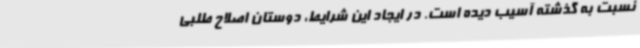
نسبت به گذشته آسیب دیده است. در ایجاد این شرایط، دوستان اصلاح طلبی